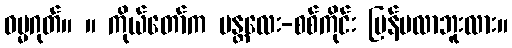
ဓမ္မဂုတ်။ ။ ကိုယ်တော်က မန္တလေး-စစ်ကိုင်း ပြန်မလာဘူးလား။